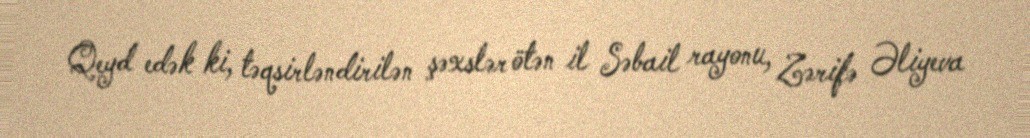
Qeyd edək ki, təqsirləndirilən şəxslər ötən il Səbail rayonu, Zərifə Əliyeva